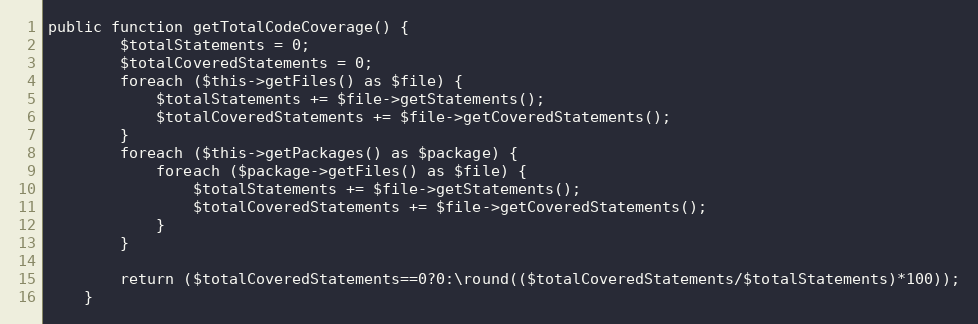
Language: PHP
public function getTotalCodeCoverage() {
		$totalStatements = 0;
		$totalCoveredStatements = 0;
		foreach ($this->getFiles() as $file) {
			$totalStatements += $file->getStatements();
			$totalCoveredStatements += $file->getCoveredStatements();
		}
		foreach ($this->getPackages() as $package) {
			foreach ($package->getFiles() as $file) {
				$totalStatements += $file->getStatements();
				$totalCoveredStatements += $file->getCoveredStatements();
			}
		}

		return ($totalCoveredStatements==0?0:\round(($totalCoveredStatements/$totalStatements)*100));
	}